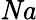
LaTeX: \mathit{Na}